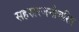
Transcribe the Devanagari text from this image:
सहस्ररजनीचरित्र